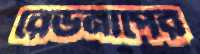
রেডনাপের